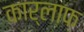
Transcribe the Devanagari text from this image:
कार्लाफ़